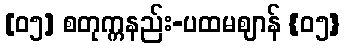
[၀၅] စတုက္ကနည်း-ပထမဈာန် {၀၅}